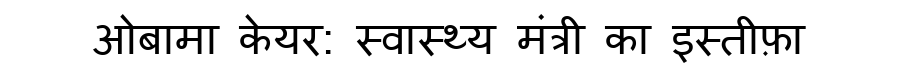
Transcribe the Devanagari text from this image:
ओबामा केयर: स्वास्थ्य मंत्री का इस्तीफ़ा